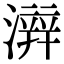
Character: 𤀫